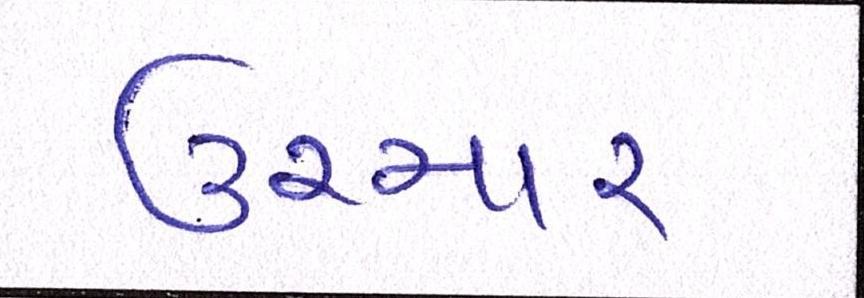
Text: ઉચ્ચાર